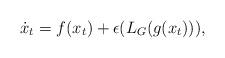
LaTeX: \begin{align*} \dot{x}_t=f(x_t)+\epsilon (L_G(g(x_t))),\end{align*}